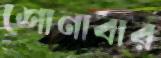
শোনাবার